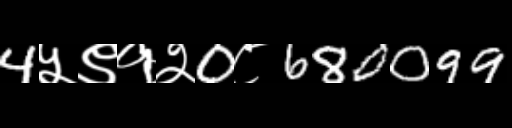
Text: 4५९१२0८680099